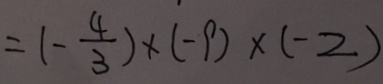
= ( - \frac { 4 } { 3 } ) \times ( - 9 ) \times ( - 2 )